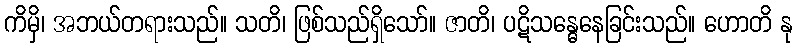
ကိမှိ၊ အဘယ်တရားသည်။ သတိ၊ ဖြစ်သည်ရှိသော်။ ဇာတိ၊ ပဋိသန္ဓေနေခြင်းသည်။ ဟောတိ နု